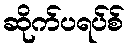
ဆိုက်ပရပ်စ်